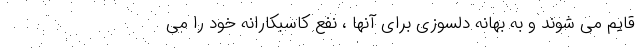
قایم می شوند و به بهانه دلسوزی برای آنها ، نفع کاسبکارانه خود را می